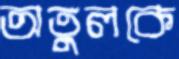
অতুলকে